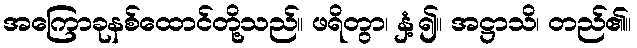
အကြောခုနစ်ထောင်တို့သည်။ ဖရိတွာ၊ နှံ့၍။ အဋ္ဌာသိ၊ တည်၏။